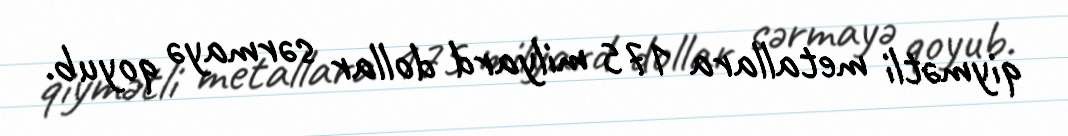
qiymətli metallara 175 milyard dollar sərmayə qoyub.